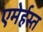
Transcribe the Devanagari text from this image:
एमेर्हस्त